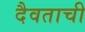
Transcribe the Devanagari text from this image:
दैवताची